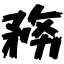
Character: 務